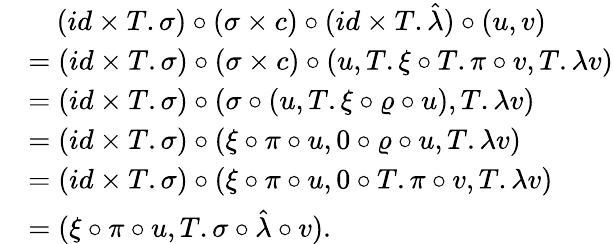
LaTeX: \begin{array}{rl}&{\quad(id\times T.\sigma)\circ(\sigma\times c)\circ(id\times T.\hat{\lambda})\circ(u,v)}\\ &{=(id\times T.\sigma)\circ(\sigma\times c)\circ(u,T.\xi\circ T.\pi\circ v,T.\lambda v)}\\ &{=(id\times T.\sigma)\circ(\sigma\circ(u,T.\xi\circ\varrho\circ u),T.\lambda v)}\\ &{=(id\times T.\sigma)\circ(\xi\circ\pi\circ u,0\circ\varrho\circ u,T.\lambda v)}\\ &{=(id\times T.\sigma)\circ(\xi\circ\pi\circ u,0\circ T.\pi\circ v,T.\lambda v)}\\ &{=(\xi\circ\pi\circ u,T.\sigma\circ\hat{\lambda}\circ v).}\end{array}